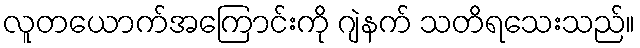
လူတယောက်အကြောင်းကို ဂျဲနက် သတိရသေးသည်။